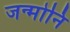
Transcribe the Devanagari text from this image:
जन्मोनि